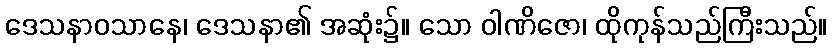
ဒေသနာဝသာနေ၊ ဒေသနာ၏ အဆုံး၌။ သော ဝါဏိဇော၊ ထိုကုန်သည်ကြီးသည်။